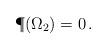
LaTeX: \begin{align*}\P(\Omega_2)=0\,.\end{align*}